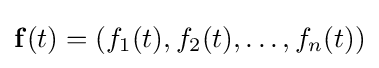
\mathbf {f} (t)=(f_{1}(t),f_{2}(t),\ldots ,f_{n}(t))